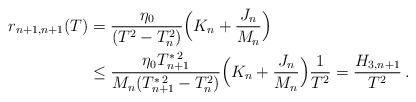
LaTeX: \begin{align*} r_{n+1,n+1}(T) &= \frac{\eta_0}{(T^2 -T_n^2)}\Big(K_n+ \frac{J_n}{M_n}\Big) \\& \le \frac{\eta_0 T_{n+1}^{\ast \,2}}{M_n(T_{n+1}^{\ast \,2} -T_n^2)}\Big(K_n+ \frac{J_n}{M_n}\Big) \frac{1}{T^2}=\frac{H_{3,n+1} }{T^2}\,.\end{align*}